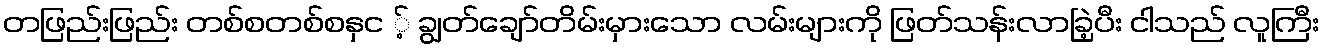
တဖြည်းဖြည်း တစ်စတစ်စနှင ့် ချွတ်ချော်တိမ်းမှားသော လမ်းများကို ဖြတ်သန်းလာခြဲ့ပီး ငါသည် လူကြီး